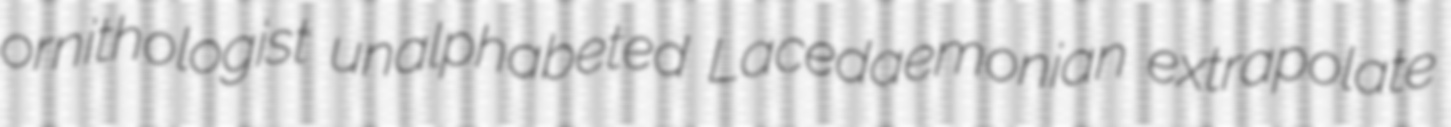
ornithologist unalphabeted Lacedaemonian extrapolate